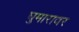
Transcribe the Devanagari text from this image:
घुमारावर